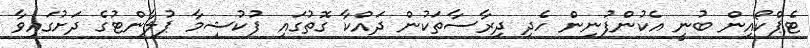
ޓެޕްކޯއިން ބުނީ އެކުންފުނިން ހެދި ދިރާސާތަކުން ދައްކާ ގޮތުގައި ފުކުޝިމާ ޕުލާންޓުގެ ދަށުގައިވާ